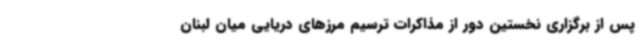
پس از برگزاری نخستین دور از مذاکرات ترسیم مرزهای دریایی میان لبنان